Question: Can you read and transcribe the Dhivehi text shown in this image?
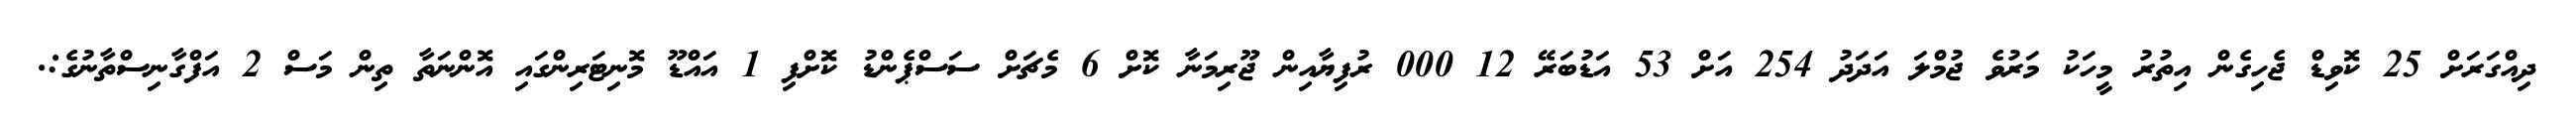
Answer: ދިއްގަރަށް 25 ކޮވިޑް ޖެހިގެން އިތުރު މީހަކު މަރުވެ ޖުމްލަ އަދަދު 254 އަށް 53 އަޑުބަރޭ 12 000 ރުފިޔާއިން ޖޫރިމަނާ ކޮށް 6 މެޗަށް ސަސްޕެންޑު ކޮށްފި 1 އައްޑޫ މޮނިޓަރިންގައި އޮންނަތާ ތިން މަސް 2 އަފްގާނިސްތާނުގެ:.